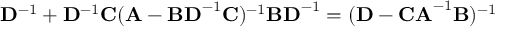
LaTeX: \mathbf { D } ^ { - 1 } + \mathbf { D } ^ { - 1 } \mathbf { C } ( \mathbf { A } - \mathbf { B D } ^ { - 1 } \mathbf { C } ) ^ { - 1 } \mathbf { B D } ^ { - 1 } = ( \mathbf { D } - \mathbf { C A } ^ { - 1 } \mathbf { B } ) ^ { - 1 }